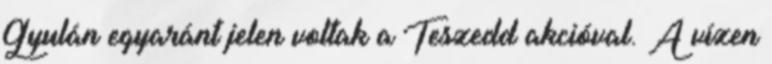
Gyulán egyaránt jelen voltak a Teszedd akcióval. A vízen